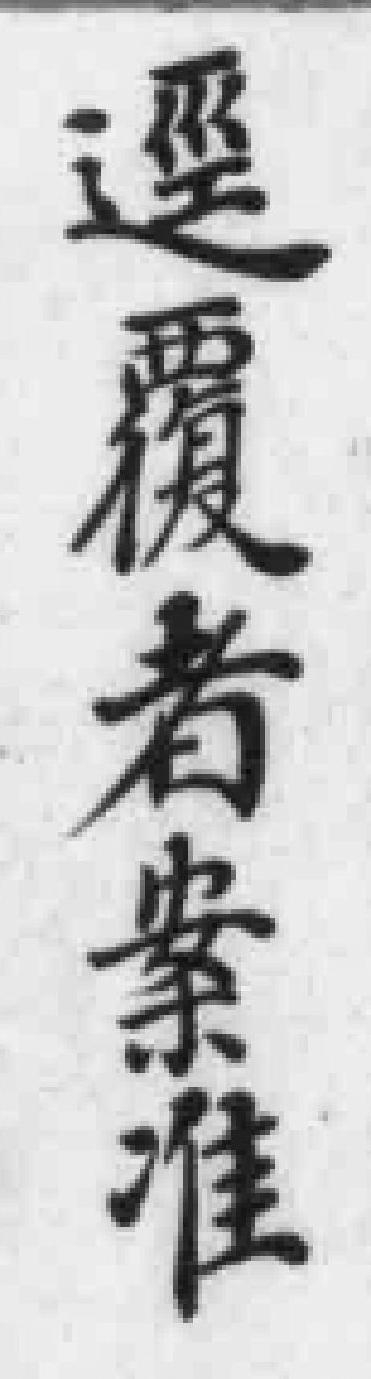
逕覆者案准